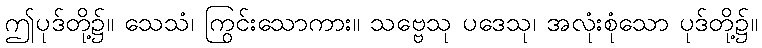
ဤပုဒ်တို့၌။ သေသံ၊ ကြွင်းသောကား။ သဗ္ဗေသု ပဒေသု၊ အလုံးစုံသော ပုဒ်တို့၌။